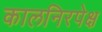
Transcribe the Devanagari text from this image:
कालनिरपेक्ष